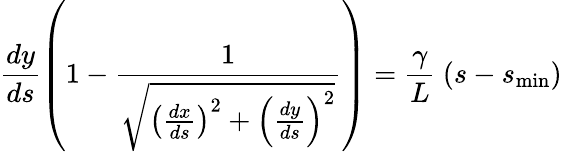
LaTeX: \frac{dy}{ds}\left(1-\frac{1}{\sqrt{\left(\frac{dx}{ds}\right)^{2}+\left(\frac{dy}{ds}\right)^{2}}}\right)=\frac{\gamma}{L}~\! \left(s-s_{\mathrm{min}}\right)